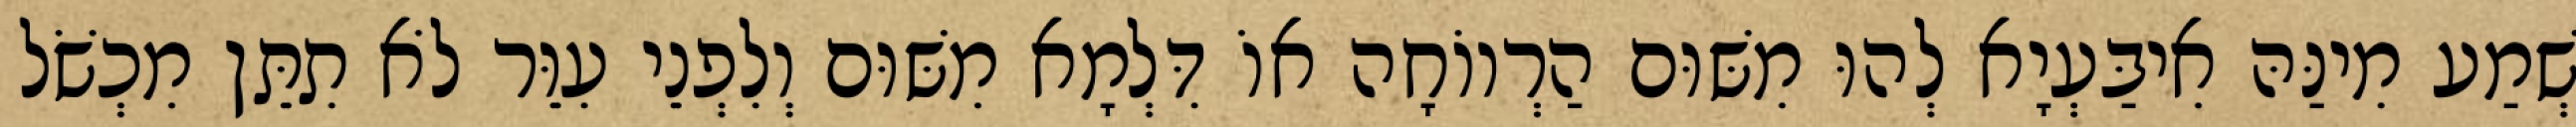
שְׁמַע מִינַּהּ אִיבַּעְיָא לְהוּ מִשּׁוּם הַרְווֹחָה אוֹ דִּלְמָא מִשּׁוּם וְלִפְנֵי עִוֵּר לֹא תִתֵּן מִכְשֹׁל